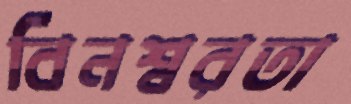
বিনশ্বরতা